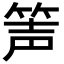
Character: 𥭺